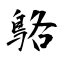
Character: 鴼